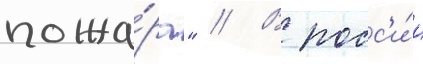
пожа́ра" // В росс'и́и